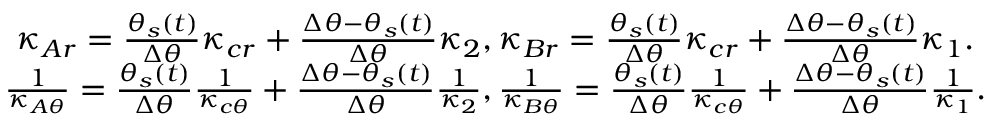
\begin{array} { c } { \kappa _ { A r } = \frac { \theta _ { s } ( t ) } { \Delta \theta } \kappa _ { c r } + \frac { \Delta \theta - \theta _ { s } ( t ) } { \Delta \theta } \kappa _ { 2 } , \kappa _ { B r } = \frac { \theta _ { s } ( t ) } { \Delta \theta } \kappa _ { c r } + \frac { \Delta \theta - \theta _ { s } ( t ) } { \Delta \theta } \kappa _ { 1 } . } \\ { \frac { 1 } { \kappa _ { A \theta } } = \frac { \theta _ { s } ( t ) } { \Delta \theta } \frac { 1 } { \kappa _ { c \theta } } + \frac { \Delta \theta - \theta _ { s } ( t ) } { \Delta \theta } \frac { 1 } { \kappa _ { 2 } } , \frac { 1 } { \kappa _ { B \theta } } = \frac { \theta _ { s } ( t ) } { \Delta \theta } \frac { 1 } { \kappa _ { c \theta } } + \frac { \Delta \theta - \theta _ { s } ( t ) } { \Delta \theta } \frac { 1 } { \kappa _ { 1 } } . } \end{array}